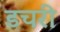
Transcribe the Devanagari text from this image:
डचरी